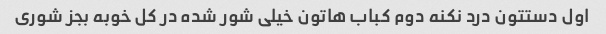
اول دستتون درد نکنه دوم کباب هاتون خیلی شور شده در کل خوبه بجز شوری